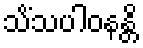
သိံသပါဝနန္တိ